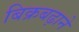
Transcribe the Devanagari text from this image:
बिक्रबढ़ाने